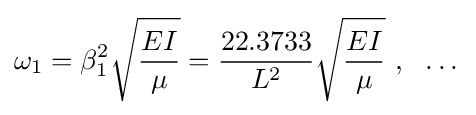
\omega _{1}=\beta _{1}^{2}{\sqrt {\frac {EI}{\mu }}}={\frac {22.3733}{L^{2}}}{\sqrt {\frac {EI}{\mu }}}~,~~\dots